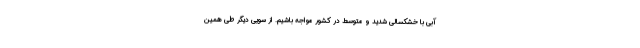
آبی با خشکسالی شدید و متوسط در کشور مواجه باشیم. از سویی دیگر طی همین